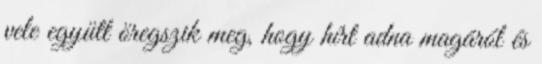
vele együtt öregszik meg, hogy hírt adna magáról és